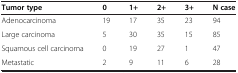
| Tumor type | 0 | 1+ | 2+ | 3+ | N case |
 | --- | --- | --- | --- | --- | --- |
 | Adenocarcinoma | 19 | 17 | 35 | 23 | 94 |
 | Large carcinoma | 5 | 30 | 35 | 15 | 85 |
 | Squamous cell carcinoma | 0 | 19 | 27 | 1 | 47 |
 | Metastatic | 2 | 9 | 11 | 6 | 28 |